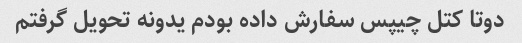
دوتا کتل چیپس سفارش داده بودم یدونه تحویل گرفتم